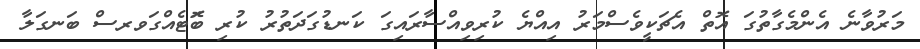
މަރުވާނެ އެންމެގާތުގަ އޮތް އެޗަކީވެސްމަރު އިއްޔެ ކުރިވިއްސާރައިގަ ކަނޑުގަދަތުރު ކުރި ބޮަޓެއްގަވރސް ބަނގަލާ